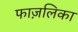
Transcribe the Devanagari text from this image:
फाज़लिका